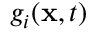
g _ { i } ( \mathbf { x } , t )